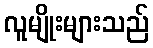
လူမျိုးများသည်